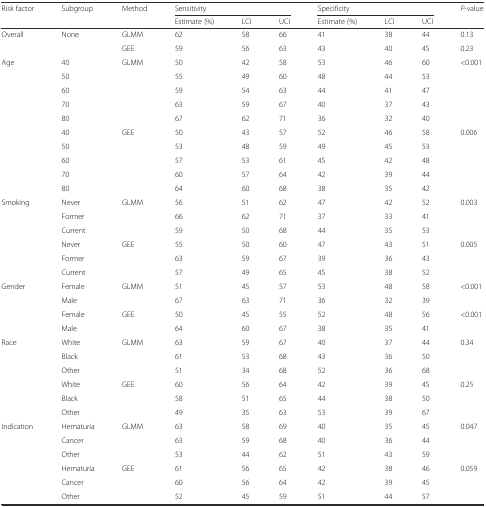
<table><thead><tr><td rowspan="2"><b>Risk factor</b></td><td rowspan="2"><b>Subgroup</b></td><td rowspan="2"><b>Method</b></td><td colspan="3"><b>Sensitivity</b></td><td colspan="3"><b>Specificity</b></td><td><b><i>P</i>-value</b></td></tr><tr><td><b>Estimate (%)</b></td><td><b>LCI</b></td><td><b>UCI</b></td><td><b>Estimate (%)</b></td><td><b>LCI</b></td><td><b>UCI</b></td><td></td></tr></thead><tbody><tr><td rowspan="2">Overall</td><td rowspan="2">None</td><td>GLMM</td><td>62</td><td>58</td><td>66</td><td>41</td><td>38</td><td>44</td><td>0.13</td></tr><tr><td>GEE</td><td>59</td><td>56</td><td>63</td><td>43</td><td>40</td><td>45</td><td>0.23</td></tr><tr><td rowspan="10">Age</td><td>40</td><td rowspan="5">GLMM</td><td>50</td><td>42</td><td>58</td><td>53</td><td>46</td><td>60</td><td rowspan="5">&lt;0.001</td></tr><tr><td>50</td><td>55</td><td>49</td><td>60</td><td>48</td><td>44</td><td>53</td></tr><tr><td>60</td><td>59</td><td>54</td><td>63</td><td>44</td><td>41</td><td>47</td></tr><tr><td>70</td><td>63</td><td>59</td><td>67</td><td>40</td><td>37</td><td>43</td></tr><tr><td>80</td><td>67</td><td>62</td><td>71</td><td>36</td><td>32</td><td>40</td></tr><tr><td>40</td><td rowspan="5">GEE</td><td>50</td><td>43</td><td>57</td><td>52</td><td>46</td><td>58</td><td rowspan="5">0.006</td></tr><tr><td>50</td><td>53</td><td>48</td><td>59</td><td>49</td><td>45</td><td>53</td></tr><tr><td>60</td><td>57</td><td>53</td><td>61</td><td>45</td><td>42</td><td>48</td></tr><tr><td>70</td><td>60</td><td>57</td><td>64</td><td>42</td><td>39</td><td>44</td></tr><tr><td>80</td><td>64</td><td>60</td><td>68</td><td>38</td><td>35</td><td>42</td></tr><tr><td rowspan="6">Smoking</td><td>Never</td><td rowspan="3">GLMM</td><td>56</td><td>51</td><td>62</td><td>47</td><td>42</td><td>52</td><td rowspan="3">0.003</td></tr><tr><td>Former</td><td>66</td><td>62</td><td>71</td><td>37</td><td>33</td><td>41</td></tr><tr><td>Current</td><td>59</td><td>50</td><td>68</td><td>44</td><td>35</td><td>53</td></tr><tr><td>Never</td><td rowspan="3">GEE</td><td>55</td><td>50</td><td>60</td><td>47</td><td>43</td><td>51</td><td rowspan="3">0.005</td></tr><tr><td>Former</td><td>63</td><td>59</td><td>67</td><td>39</td><td>36</td><td>43</td></tr><tr><td>Current</td><td>57</td><td>49</td><td>65</td><td>45</td><td>38</td><td>52</td></tr><tr><td rowspan="4">Gender</td><td>Female</td><td rowspan="2">GLMM</td><td>51</td><td>45</td><td>57</td><td>53</td><td>48</td><td>58</td><td rowspan="2">&lt;0.001</td></tr><tr><td>Male</td><td>67</td><td>63</td><td>71</td><td>36</td><td>32</td><td>39</td></tr><tr><td>Female</td><td rowspan="2">GEE</td><td>50</td><td>45</td><td>55</td><td>52</td><td>48</td><td>56</td><td rowspan="2">&lt;0.001</td></tr><tr><td>Male</td><td>64</td><td>60</td><td>67</td><td>38</td><td>35</td><td>41</td></tr><tr><td rowspan="6">Race</td><td>White</td><td rowspan="3">GLMM</td><td>63</td><td>59</td><td>67</td><td>40</td><td>37</td><td>44</td><td rowspan="3">0.34</td></tr><tr><td>Black</td><td>61</td><td>53</td><td>68</td><td>43</td><td>36</td><td>50</td></tr><tr><td>Other</td><td>51</td><td>34</td><td>68</td><td>52</td><td>36</td><td>68</td></tr><tr><td>White</td><td rowspan="3">GEE</td><td>60</td><td>56</td><td>64</td><td>42</td><td>39</td><td>45</td><td rowspan="3">0.25</td></tr><tr><td>Black</td><td>58</td><td>51</td><td>65</td><td>44</td><td>38</td><td>50</td></tr><tr><td>Other</td><td>49</td><td>35</td><td>63</td><td>53</td><td>39</td><td>67</td></tr><tr><td rowspan="6">Indication</td><td>Hematuria</td><td rowspan="3">GLMM</td><td>63</td><td>58</td><td>69</td><td>40</td><td>35</td><td>45</td><td rowspan="3">0.047</td></tr><tr><td>Cancer</td><td>63</td><td>59</td><td>68</td><td>40</td><td>36</td><td>44</td></tr><tr><td>Other</td><td>53</td><td>44</td><td>62</td><td>51</td><td>43</td><td>59</td></tr><tr><td>Hematuria</td><td rowspan="3">GEE</td><td>61</td><td>56</td><td>65</td><td>42</td><td>38</td><td>46</td><td rowspan="3">0.059</td></tr><tr><td>Cancer</td><td>60</td><td>56</td><td>64</td><td>42</td><td>39</td><td>45</td></tr><tr><td>Other</td><td>52</td><td>45</td><td>59</td><td>51</td><td>44</td><td>57</td></tr></tbody></table>